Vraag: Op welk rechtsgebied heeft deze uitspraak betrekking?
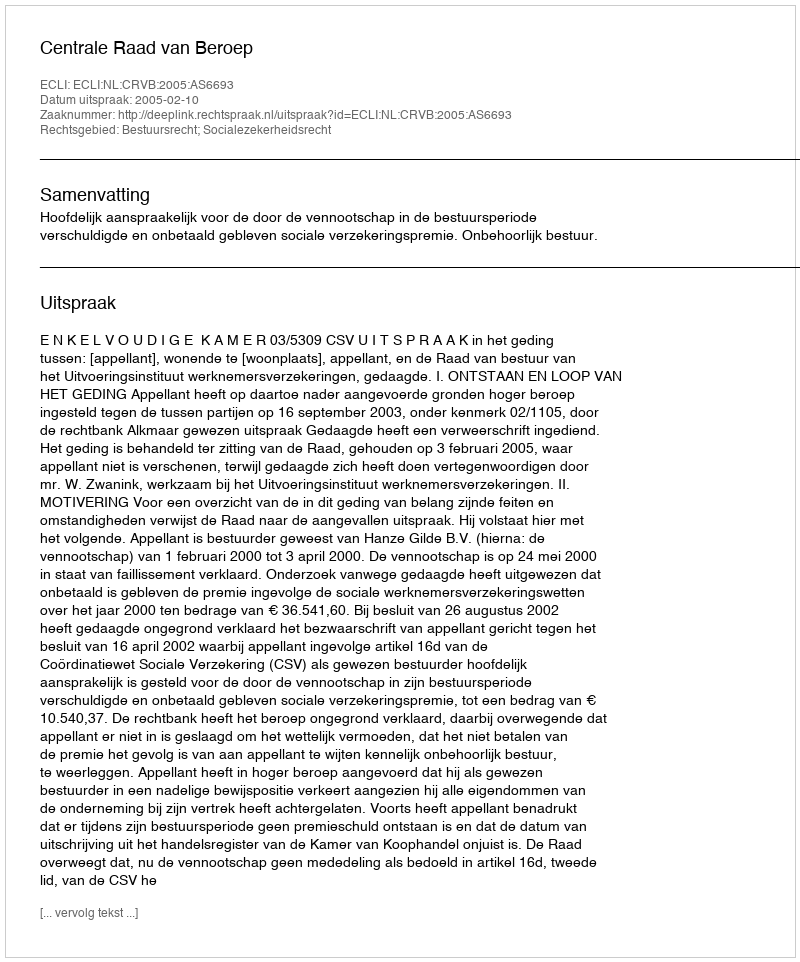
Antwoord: Bestuursrecht; Socialezekerheidsrecht